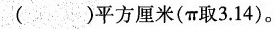
()平方厘米(w取3.14)。